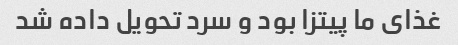
غذای ما پیتزا بود و سرد تحویل داده شد